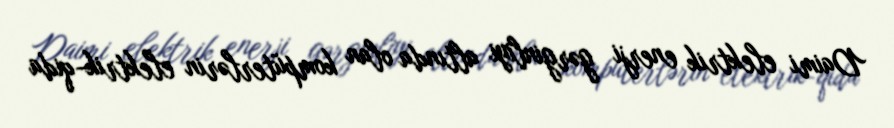
Daimi elektrik enerji gərginliyi altında olan kompüterlərin elektrik-qida